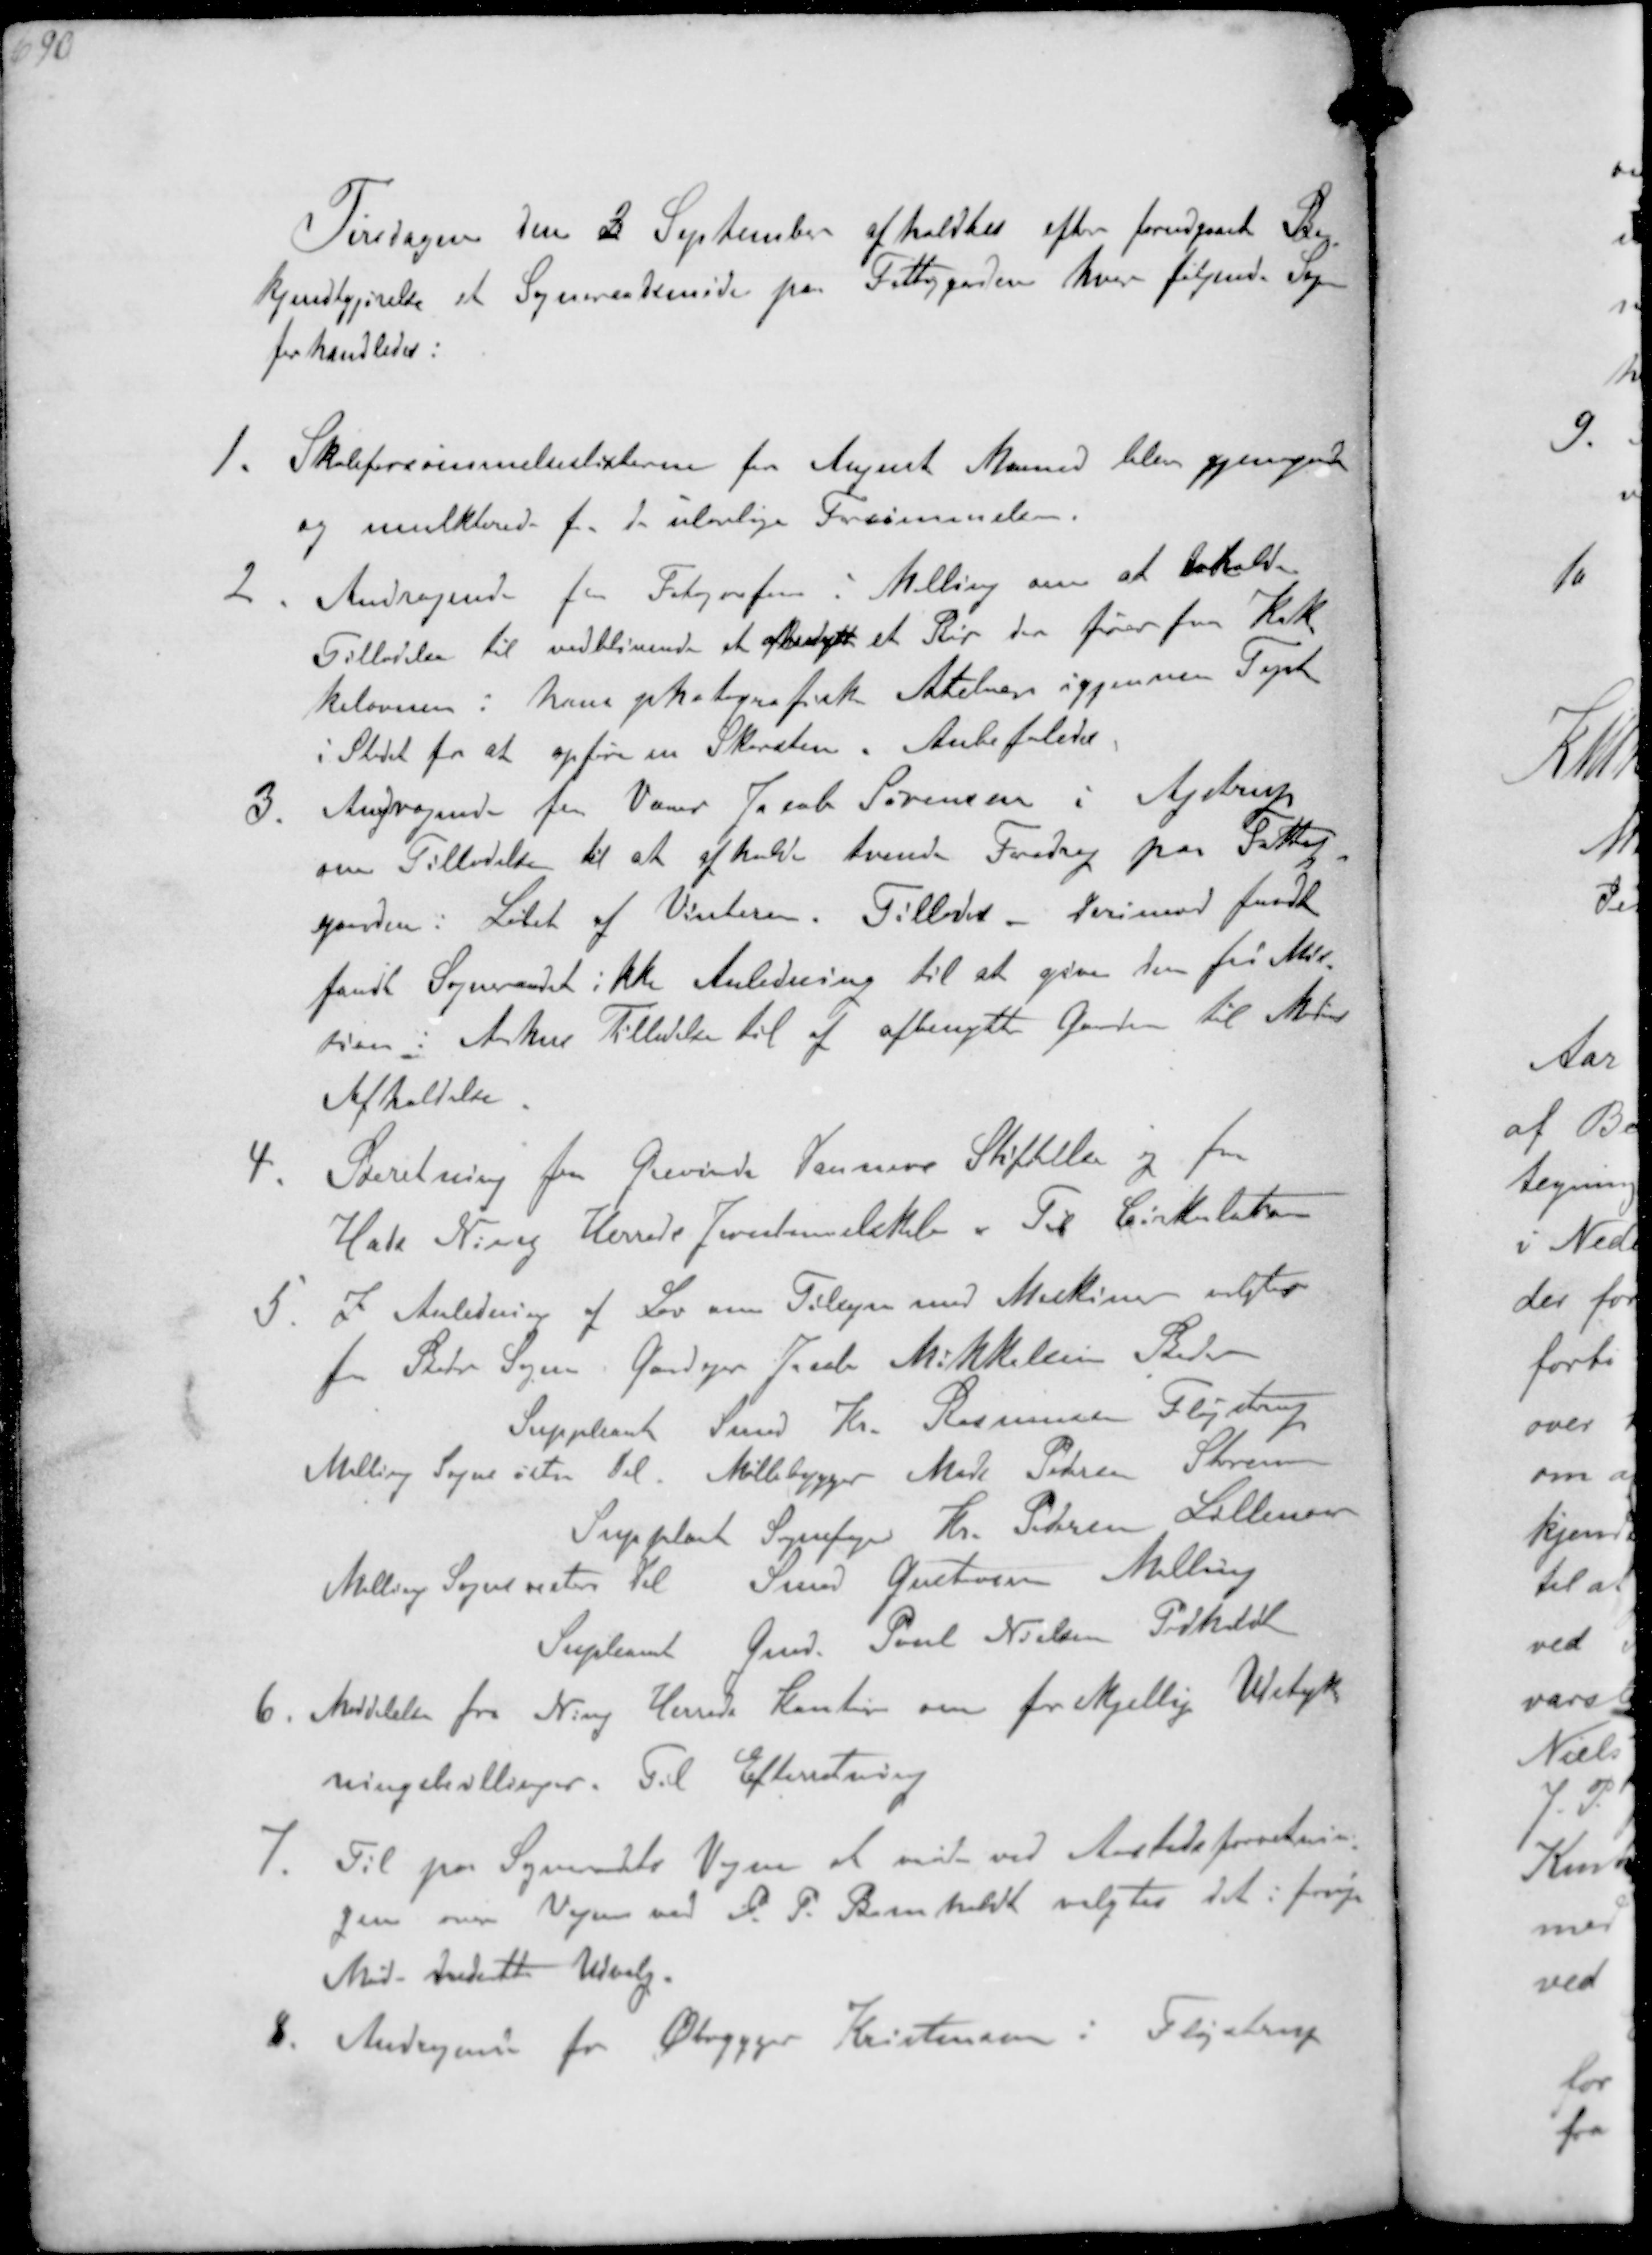
Transskription:
Tirsdagen den 2 September afholdtes efter forudgaaet Be-
kjendtgørelse et Sogneraadsmøde paa Fattiggaarden hvor følgende Sager
forhandledes:
1. Skoleforsømmelseslisterne for August Maaned blev gjennemgaaede
og mulkterede for de ulovlige Forsømmelser
2. Andragende for Fotografen i Malling om at erholde
Tilladelse til vedblivende at afbenytte et Rør der fører fra Kak-
kelovnen i hans photografisk Atelier igjennem Taget
i Stedet for at opføre en Skorsten. Anbefaledes
3. Andragende fra Væver Jacob Sørensen i Ajstrup
om Tilladelse til at afholde tvende Foredrag paa Fattig-
gaarden i Løbet af Vinteren. Tillodes derimod fandt
fandt Sogneraadet ikke Anledning til at give den fri Mis-
sion i Aarhus Tilladelse til at afbenytte Gaarden til 
Afholdelse
4. Beretning fra Grevinde Danners Stiftelse og fra
Hads Ning Herreds Jernbaneselskab Til Cirkulation
5. i Anledning af Lov om Tilsyn med Maskiner valgtes
for Beder Sogn, Gaardejer Jacob Mikkelsen i Beder
Suppleant Smed Kr. Rasmussen Fløjstrup
Malling Sogns østre Del Møllebygger Mads Pedersen Storenoer
Suppleant Sognefoged Kr. Pedersen Lillenoer
Malling Sogns vestre Del til Smed Gustavsen Malling
Supleant Gmd. Poul Nielsen Pedholdt
6. Meddelelse fra Ning Herreds Kontor om forskellig Udstyk-
ningsbevillinger. Til Efterretning
7. Til paa Sogneraadets Vegne at vidne ved Aastedsforretnin-
gen over Vejen ved P. P. Bomholdt valgtes det i forrige
Møde nedsatte Udvalg.
8. Andragende fra Øbrygger Kristensen i Fløjstrup